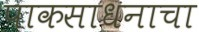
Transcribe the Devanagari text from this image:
पाकसाधनाचा